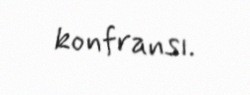
konfransı.